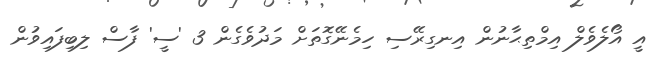
އީ އޯލެވެލް އިމްތިޙާނުން އިނގިރޭސި ހިމެނޭގޮތަށް މަދުވެގެން 3 'ސީ' ފާސް ލިބިފައިވުން